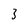
Character: 3